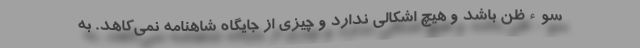
سوءظن باشد و هیچ اشکالی ندارد و چیزی از جایگاه شاهنامه نمی‌کاهد. به